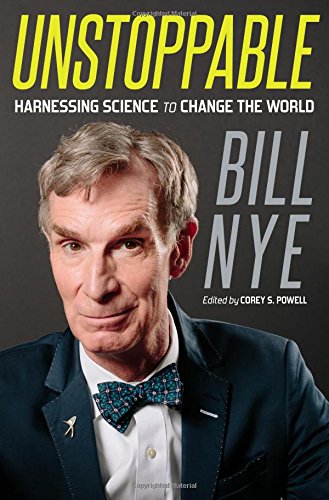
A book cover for Unstoppable: Harnessing Science to Change the World; Bill Nye; Engineering & Transportation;